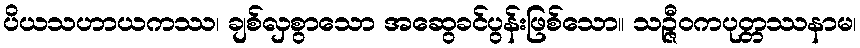
ပိယသဟာယကဿ၊ ချစ်လှစွာသော အဆွေခင်ပွန်းဖြစ်သော။ သဉ္ဇီဝကပုတ္တဿနာမ၊